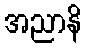
အညာနိ